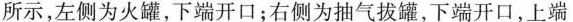
所示，左侧为火罐，下端开口；右侧为抽气拔罐，下端开口，上端